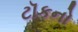
ટૉકનો